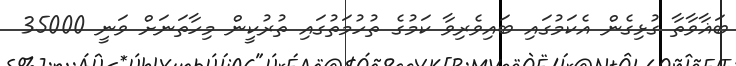
ބަޣާވާތާ ގުޅިގެން އެކަމުގައި ބައިވެރިވާ ކަމުގެ ތުހުމަތުގައި ތުރުކީން މިހާތަނަށް ވަނީ 35000